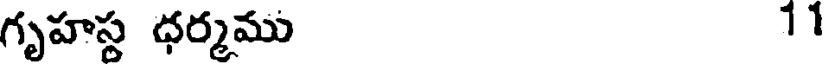
గృహస్థ ధర్మము 11